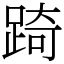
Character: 踦